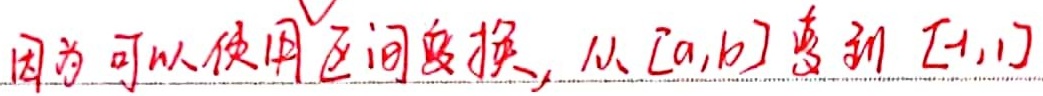
因为可以使用区间变换，从\([a,b]\)变到\([-1,1]\)